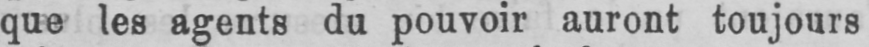
que les agents du pouvoir auront toujours